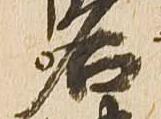
名